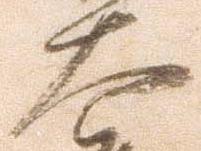
大